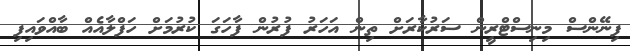
ފިނޭންސް މިނިސްޓްރީން ސަރުކާރަށް ތިން އަހަރު ފުރުން ފާހަގަ ކުރުމަށް ހަފްލާއެއް ބާއްވައިފި